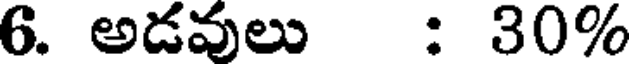
6. అడవులు : 30%